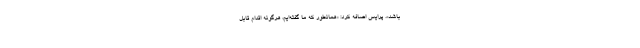
‌باشد». پرایس اضافه کرد: «همانطور که ما گفته‌ایم، هرگونه اقدام قابل